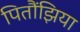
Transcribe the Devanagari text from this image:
पितौंझिया